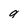
Character: a